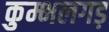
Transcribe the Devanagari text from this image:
कुम्भलगड़